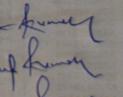
Signature authenticity: genuine